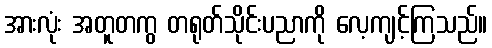
အားလုံး အတူတကွ တရုတ်သိုင်းပညာကို လေ့ကျင့်ကြသည်။